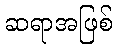
ဆရာအဖြစ်